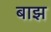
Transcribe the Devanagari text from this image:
बाझ